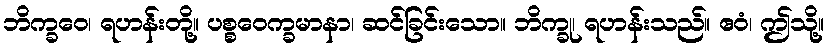
ဘိက္ခဝေ၊ ရဟန်းတို့။ ပစ္စဝေက္ခမာနာ၊ ဆင်ခြင်းသော။ ဘိက္ခု၊ ရဟန်းသည်။ ဧဝံ၊ ဤသို့။